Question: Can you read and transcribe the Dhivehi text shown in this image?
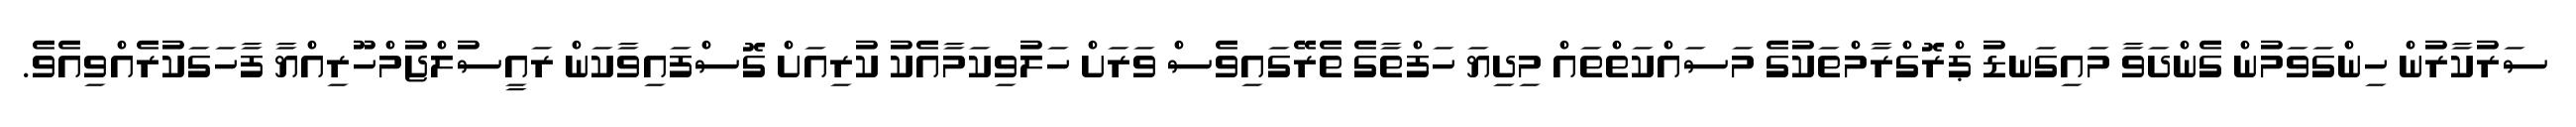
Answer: ސަރުކާރުން ހިންގަވަމުން ގެންދަވާ މައިގަނޑު ޕްރޮގްރާމްތަކުގެ މަސައްކަތްތައް މިދިޔަ ހަފްތާގެ ތެރޭގައިވެސް ވަރަށް ހަލުވިކަމާއެކު ކުރިއަށް ގޮސްފައިވާކަން ރައީސުލްޖުމްހޫރިއްޔާ ފާހަގަކުރެއްވިއެވެ.